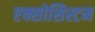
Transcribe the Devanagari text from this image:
एक्सोसिस्टम